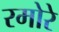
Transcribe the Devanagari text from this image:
रमोरे